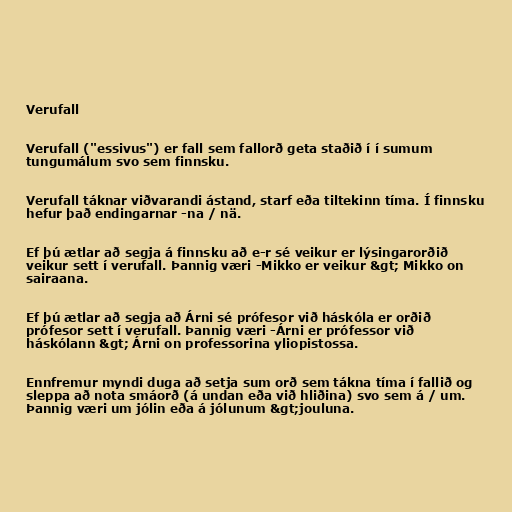
Verufall

Verufall ("essivus") er fall sem fallorð geta staðið í í sumum
tungumálum svo sem finnsku.

Verufall táknar viðvarandi ástand, starf eða tiltekinn tíma. Í finnsku
hefur það endingarnar -na / nä.

Ef þú ætlar að segja á finnsku að e-r sé veikur er lýsingarorðið
veikur sett í verufall. Þannig væri -Mikko er veikur &gt; Mikko on
sairaana.

Ef þú ætlar að segja að Árni sé prófesor við háskóla er orðið
prófesor sett í verufall. Þannig væri -Árni er prófessor við
háskólann &gt; Árni on professorina yliopistossa.

Ennfremur myndi duga að setja sum orð sem tákna tíma í fallið og
sleppa að nota smáorð (á undan eða við hliðina) svo sem á / um.
Þannig væri um jólin eða á jólunum &gt;jouluna.